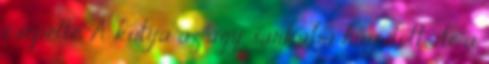
csépelte. A kutya az ágy sarkába húzódott, de a